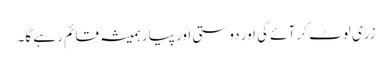
زری لوٹ کر آئے گی اور دوستی اور پیار ہمیشہ قائم رہے گا۔